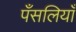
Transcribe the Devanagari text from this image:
पँसलियाँ